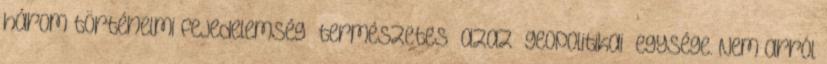
három történelmi fejedelemség ‘természetes’ azaz ‘geopolitikai’ egysége. Nem arról